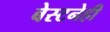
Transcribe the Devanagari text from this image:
बेस्टनेही